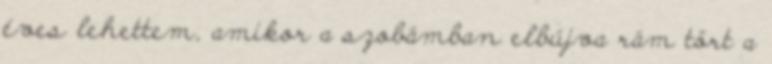
éves lehettem, amikor a szobámban elbújva rám tört a